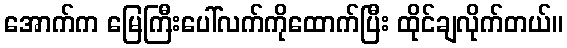
အောက်က မြေကြီးပေါ်လက်ကိုထောက်ပြီး ထိုင်ချလိုက်တယ်။